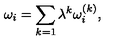
\omega _ { i } = \sum _ { k = 1 } \lambda ^ { k } \omega _ { i } ^ { ( k ) } ,